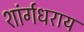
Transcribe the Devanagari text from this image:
शांर्गधराय